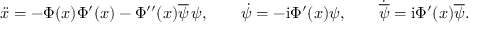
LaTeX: \ddot { x } = - \Phi ( x ) \Phi ^ { \prime } ( x ) - \Phi ^ { \prime \prime } ( x ) \overline { { { \psi } } } \, \psi , \qquad \dot { \psi } = - \mathrm { i } \Phi ^ { \prime } ( x ) \psi , \qquad \dot { \overline { { { \psi } } } } = \mathrm { i } \Phi ^ { \prime } ( x ) \overline { { { \psi } } } .